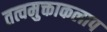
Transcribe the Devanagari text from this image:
तत्वमुक्ताकलाप